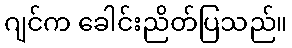
ဂျင်က ခေါင်းညိတ်ပြသည်။